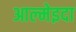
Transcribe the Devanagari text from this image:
आल्मेइदा